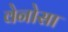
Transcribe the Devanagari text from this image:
वेनोसा